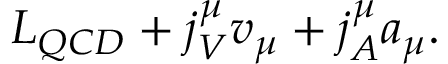
{ \cal L } _ { Q C D } + j _ { V } ^ { \mu } v _ { \mu } + j _ { A } ^ { \mu } a _ { \mu } .